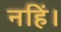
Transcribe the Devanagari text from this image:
नहिं।